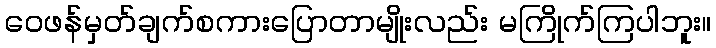
ဝေဖန်မှတ်ချက်စကားပြောတာမျိုးလည်း မကြိုက်ကြပါဘူး။